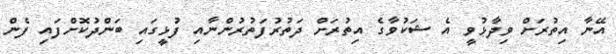
އޭނާ އިތުރަށް ވިދާޅުވީ އެ ޝަކުވާގެ އިތުރަށް ދަތުރުފަތުރުންނާއި ފުޅީގައި ބަންދުކޮށްފައި ފެން